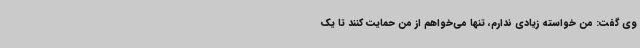
وی گفت: من خواسته زیادی ندارم، تنها می‌خواهم از من حمایت کنند تا یک